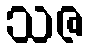
သဇ